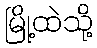
မြို့ထဲသို့